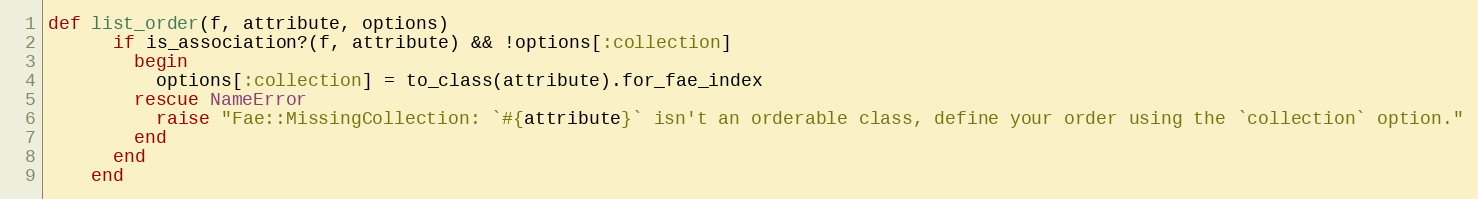
Language: Ruby
def list_order(f, attribute, options)
      if is_association?(f, attribute) && !options[:collection]
        begin
          options[:collection] = to_class(attribute).for_fae_index
        rescue NameError
          raise "Fae::MissingCollection: `#{attribute}` isn't an orderable class, define your order using the `collection` option."
        end
      end
    end